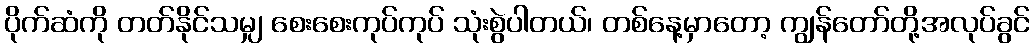
ပိုက်ဆံကို တတ်နိုင်သမျှ စေးစေးကုပ်ကုပ် သုံးစွဲပါတယ်၊ တစ်နေ့မှာတော့ ကျွန်တော်တို့အလုပ်ခွင်